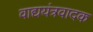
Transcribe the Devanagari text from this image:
वाद्ययंत्रवादक